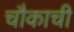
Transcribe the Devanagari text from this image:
चौकाची